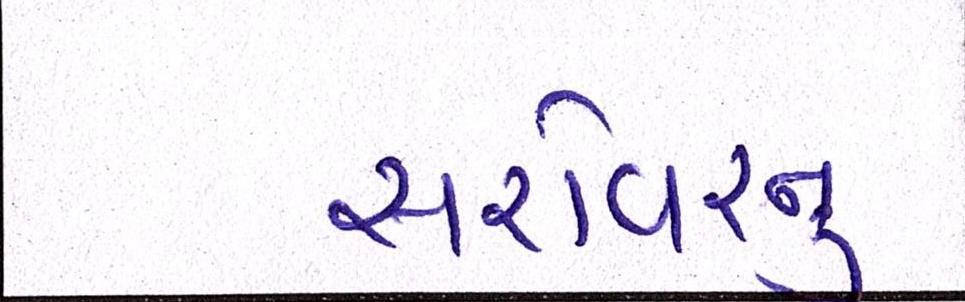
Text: સરોવરનું